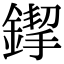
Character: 䤿